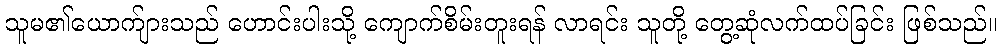
သူမ၏ယောက်ျားသည် ဟောင်းပါးသို့ ကျောက်စိမ်းတူးရန် လာရင်း သူတို့ တွေ့ဆုံလက်ထပ်ခြင်း ဖြစ်သည်။